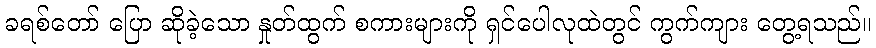
ခရစ်တော် ပြော ဆိုခဲ့သော နှုတ်ထွက် စကားများကို ရှင်ပေါလုထဲတွင် ကွက်ကျား တွေ့ရသည်။